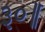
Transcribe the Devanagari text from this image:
३०॥